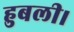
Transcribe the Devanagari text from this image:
हुबली।